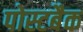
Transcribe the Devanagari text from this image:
पोस्टबैक